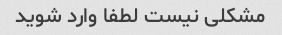
مشکلی نیست لطفا وارد شوید